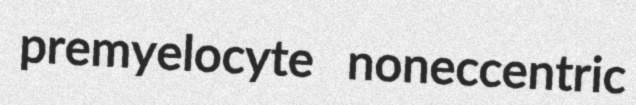
premyelocyte noneccentric